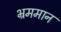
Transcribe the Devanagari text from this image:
भ्रममान